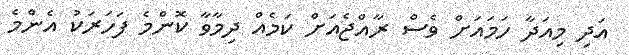
އަދި މިއަދާ ހަމައަށް ވެސް ރާއްޖެއަށް ކަމެއް ދިމާވާ ކޮންމެ ފަހަރަކު އެންމެ